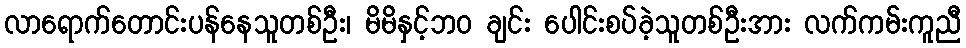
လာရောက်တောင်းပန်နေသူတစ်ဦး၊ မိမိနှင့်ဘဝ ချင်း ပေါင်းစပ်ခဲ့သူတစ်ဦးအား လက်ကမ်းကူညီ